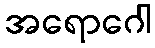
အရောဂေါ